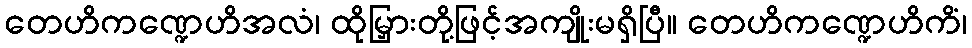
တေဟိကဏ္ဍေဟိအလံ၊ ထိုမြှားတို့ဖြင့်အကျိုးမရှိပြီ။ တေဟိကဏ္ဍေဟိကိံ၊